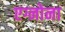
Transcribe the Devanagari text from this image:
एग्नोना